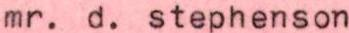
mr. d. stephenson